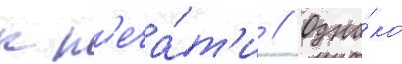
к п'еча́т'и // Одна́ко